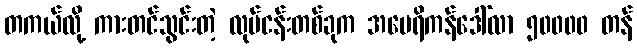
တကယ်လို့ ကားတင်သွင်းတဲ့ လုပ်ငန်းတစ်ခုက အမေရိကန်ဒေါ်လာ ၅၀၀၀၀ တန်